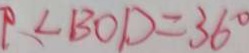
\angle B O D = 3 6 ^ { \circ }